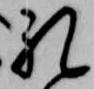
礼